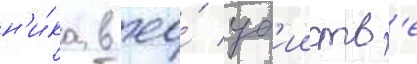
н'и́ка в ео́ уб'ииств'е